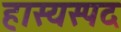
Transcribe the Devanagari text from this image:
हास्यस्पद